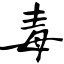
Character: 毒